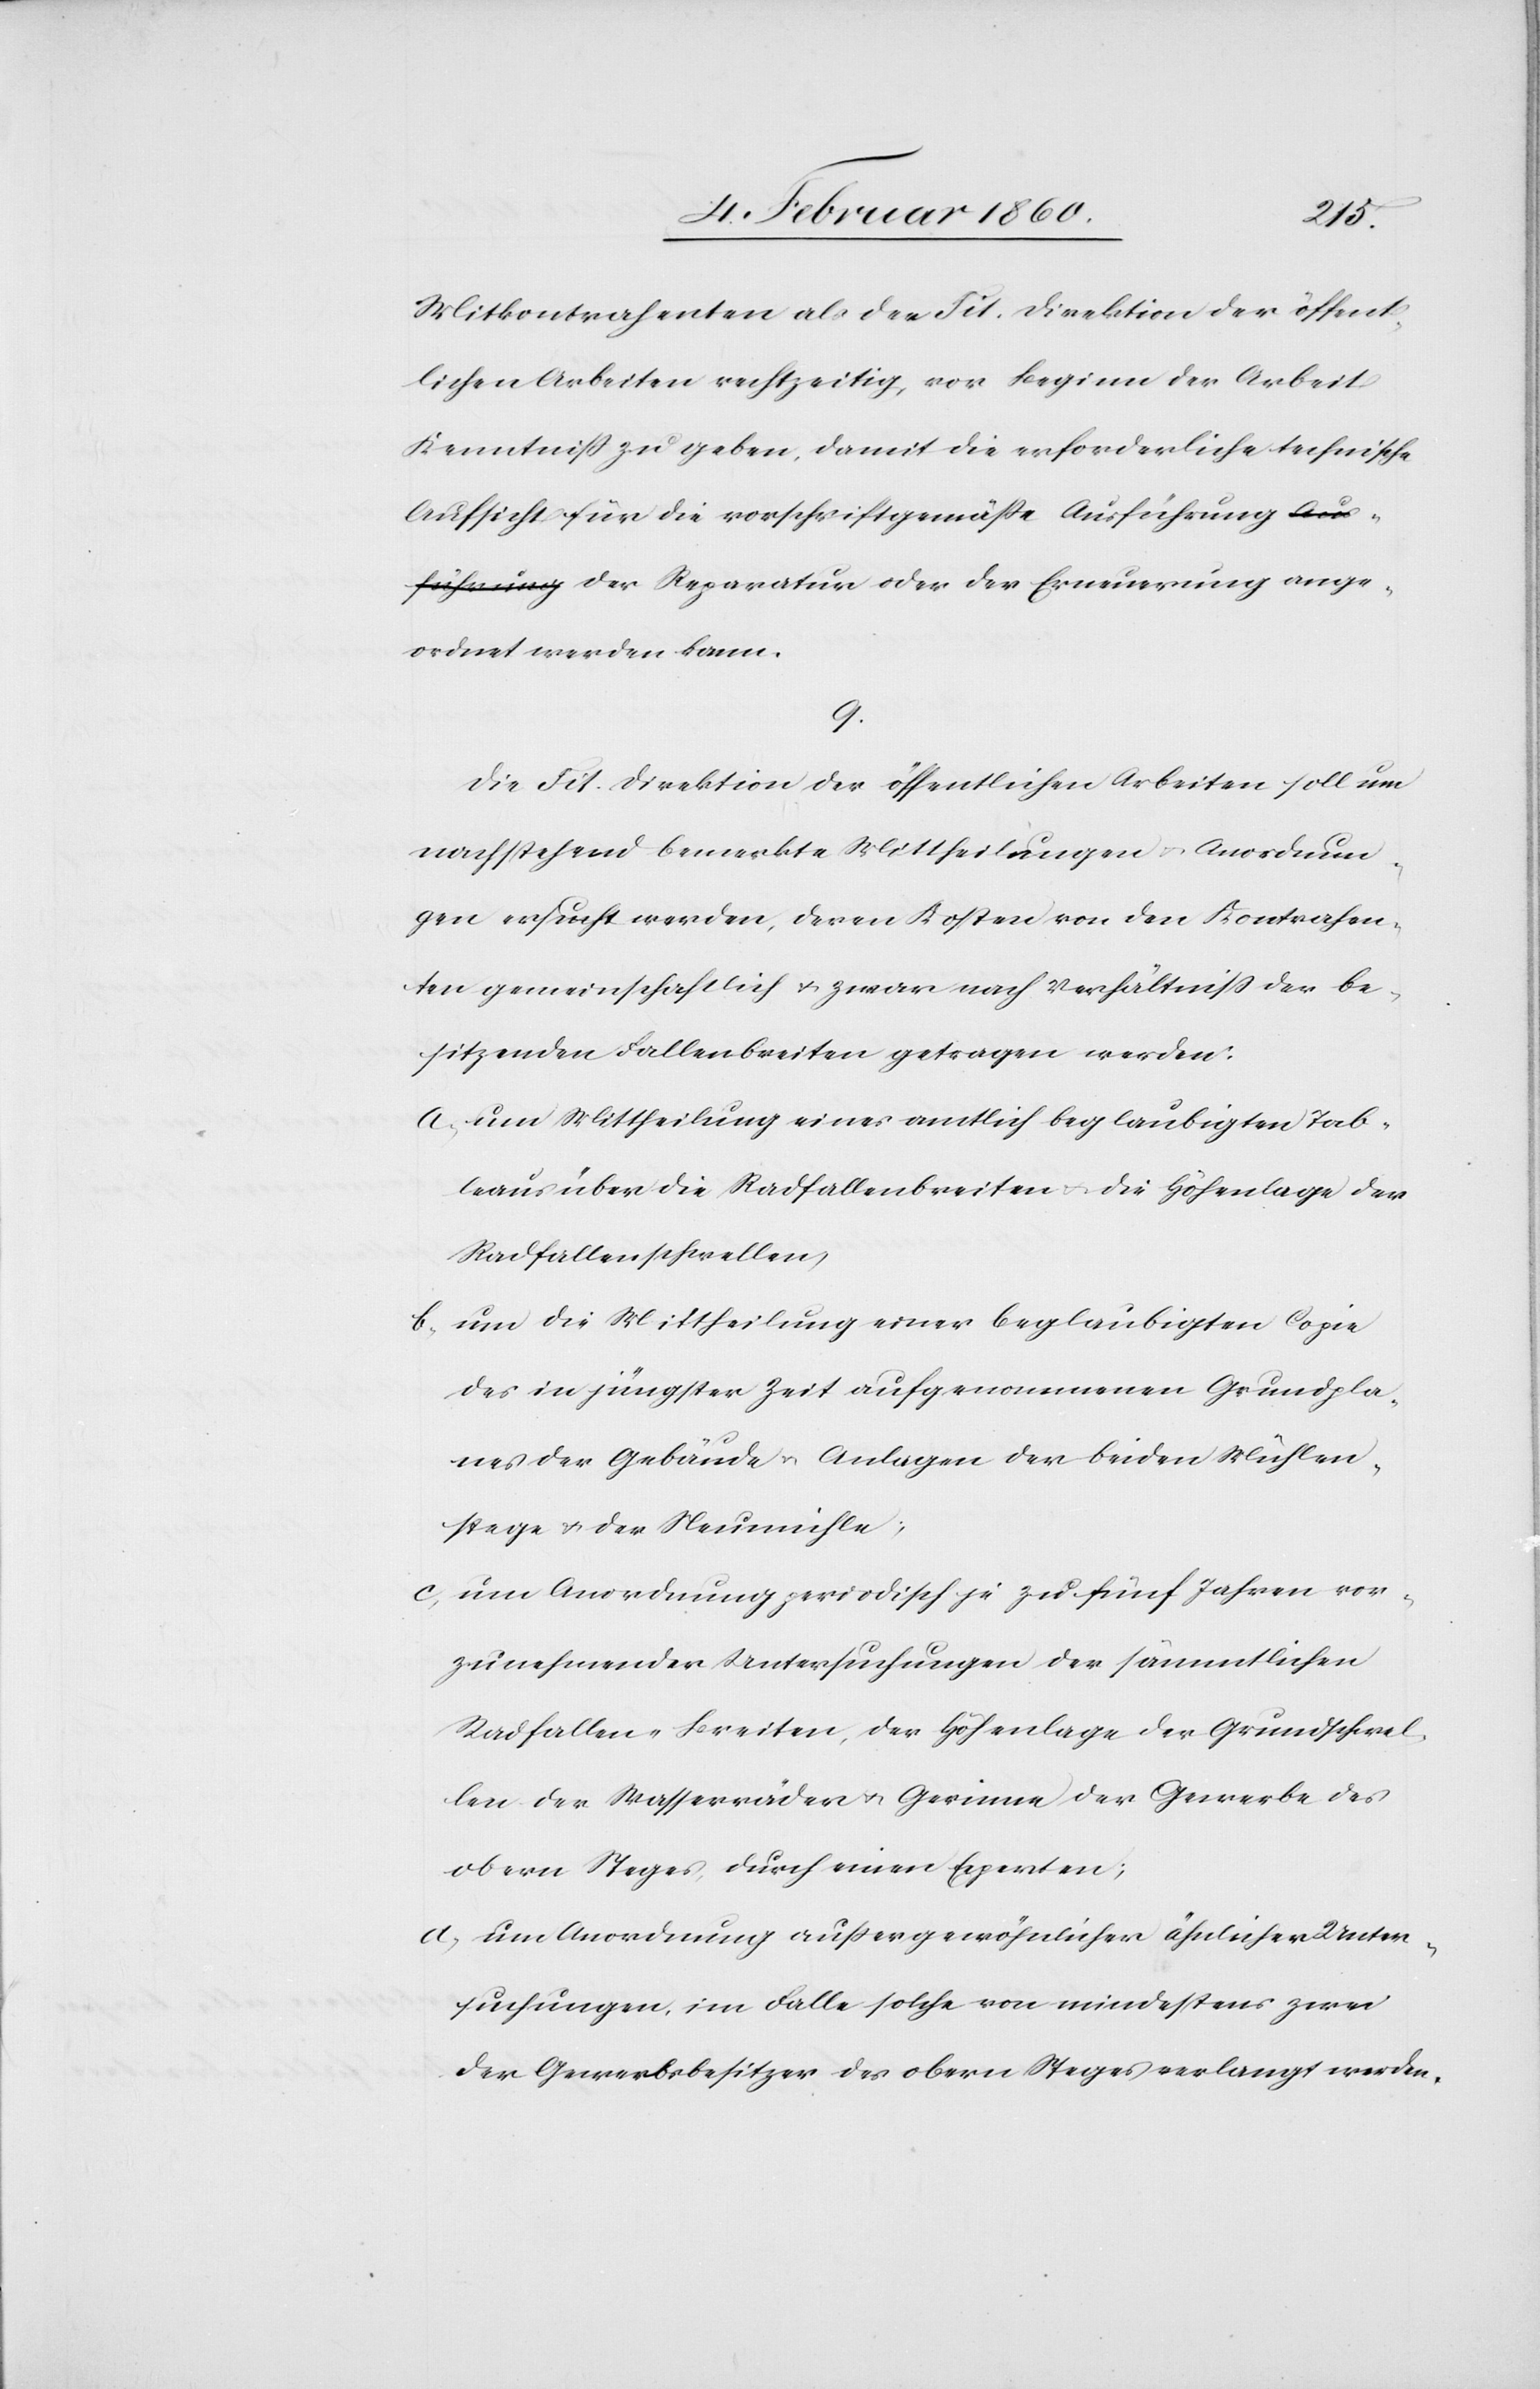
Mitkontrahenten als der Tit. Direktion der öffent¬
lichen Arbeiten rechtzeitig, vor Beginn der Arbeit
Kenntniss zu geben, damit die erforderliche technische
Aufsicht für die vorschriftgemässe Ausführung der
angeordnet werden kann.
9.
Die Tit. Direktion der öffentlichen Arbeiten soll um
nachstehend bemerkte Mittheilungen u. Anordnun¬
gen ersucht werden, deren Kosten von den Kontrahen¬
ten gemeinschaftlich u. zwar nach Verhältniss der be¬
sitzenden Fallenbreiten getragen werden.
a. Um Mittheilung eines amtlich beglaubigten Tab¬
leaus über die Radfallenbreiten u. die Höhenlage der
Radfallenschwellen.
b. um die Mittheilung einer beglaubigten Copie
des in jüngster Zeit aufgenommenen Grundpla¬
nes der Gebäude u. Anlagen der beiden Mühlen¬
stege u. der Neumühle.
c. um Anordnung periodisch je zu fünf Jahren vor¬
zunehmender Untersuchungen der sämmtlichen
Radfallen-Breiten, der Höhenlage der Grundschwel¬
len oder Wasserräder u. Gerinne der Gewerbe des
obern Steges, durch einen Experten;
d. um Anordnung aussergewöhnlicher ähnlicher Unter¬
suchungen, im Falle solche von mindestens zwei
der Gewerbsbesitzer des obern Steges verlangt werden